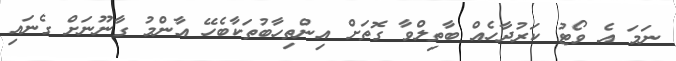
ނަމަ އެ ވޯޓު ކަރުދާހެއް ބާތިލްވާ ގޮތަށް އިންތިހާބުތަކާބެހޭ އާންމު ގާނޫނަށް ގެނައި